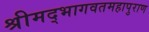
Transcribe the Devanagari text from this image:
श्रीमद्भागवतमहापुराण